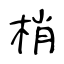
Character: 梢